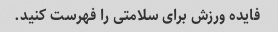
فایده ورزش برای سلامتی را فهرست کنید.